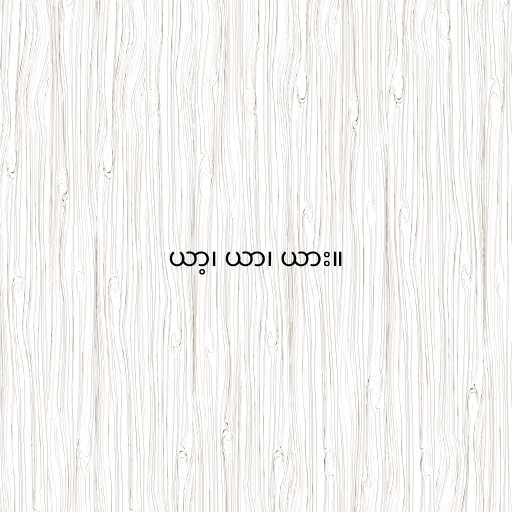
ယာ့၊ ယာ၊ ယား။